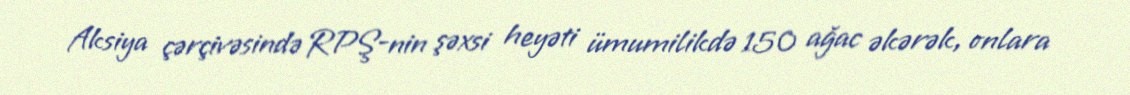
Aksiya çərçivəsində RPŞ-nin şəxsi heyəti ümumilikdə 150 ağac əkərək, onlara